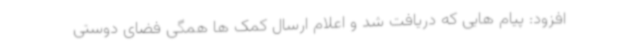
افزود: پیام هایی که دریافت شد و اعلام ارسال کمک ها همگی فضای دوستی